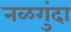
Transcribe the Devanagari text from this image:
नळगुंदा